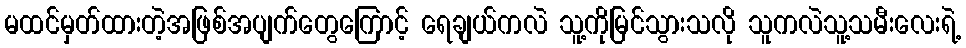
မထင်မှတ်ထားတဲ့အဖြစ်အပျက်တွေကြောင့် ရေချယ်ကလဲ သူ့ကိုမြင်သွားသလို သူကလဲသူ့သမီးလေးရဲ့